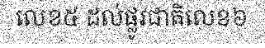
លេខ៥ ដល់ផ្លូវជាតិលេខ៦